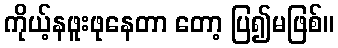
ကိုယ့်နဖူးဖုနေတာ တော့ ပြ၍မဖြစ်။